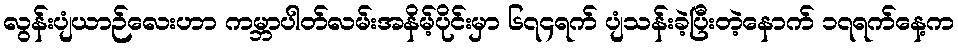
လွန်းပျံယာဉ်လေးဟာ ကမ္ဘာပါတ်လမ်းအနိမ့်ပိုင်းမှာ ၆၇၄ရက် ပျံသန်းခဲ့ပြီးတဲ့နောက် ၁၇ရက်နေ့က